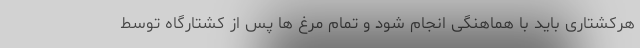
هرکشتاری باید با هماهنگی انجام شود و تمام مرغ ها پس از کشتارگاه توسط